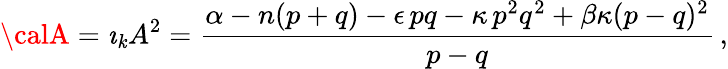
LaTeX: {\calA}={\imath}_{\mathit{k}}A^{2}=\frac{{\alpha-n(p+q)-\epsilon\, pq-\kappa\, p^{2}q^{2}+\beta\kappa(p-q)^{2}}}{{p-q}}\, ,